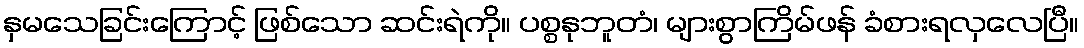
နှမသေခြင်းကြောင့် ဖြစ်သော ဆင်းရဲကို။ ပစ္စနုဘူတံ၊ များစွာကြိမ်ဖန် ခံစားရလှလေပြီ။